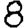
Digit: 8